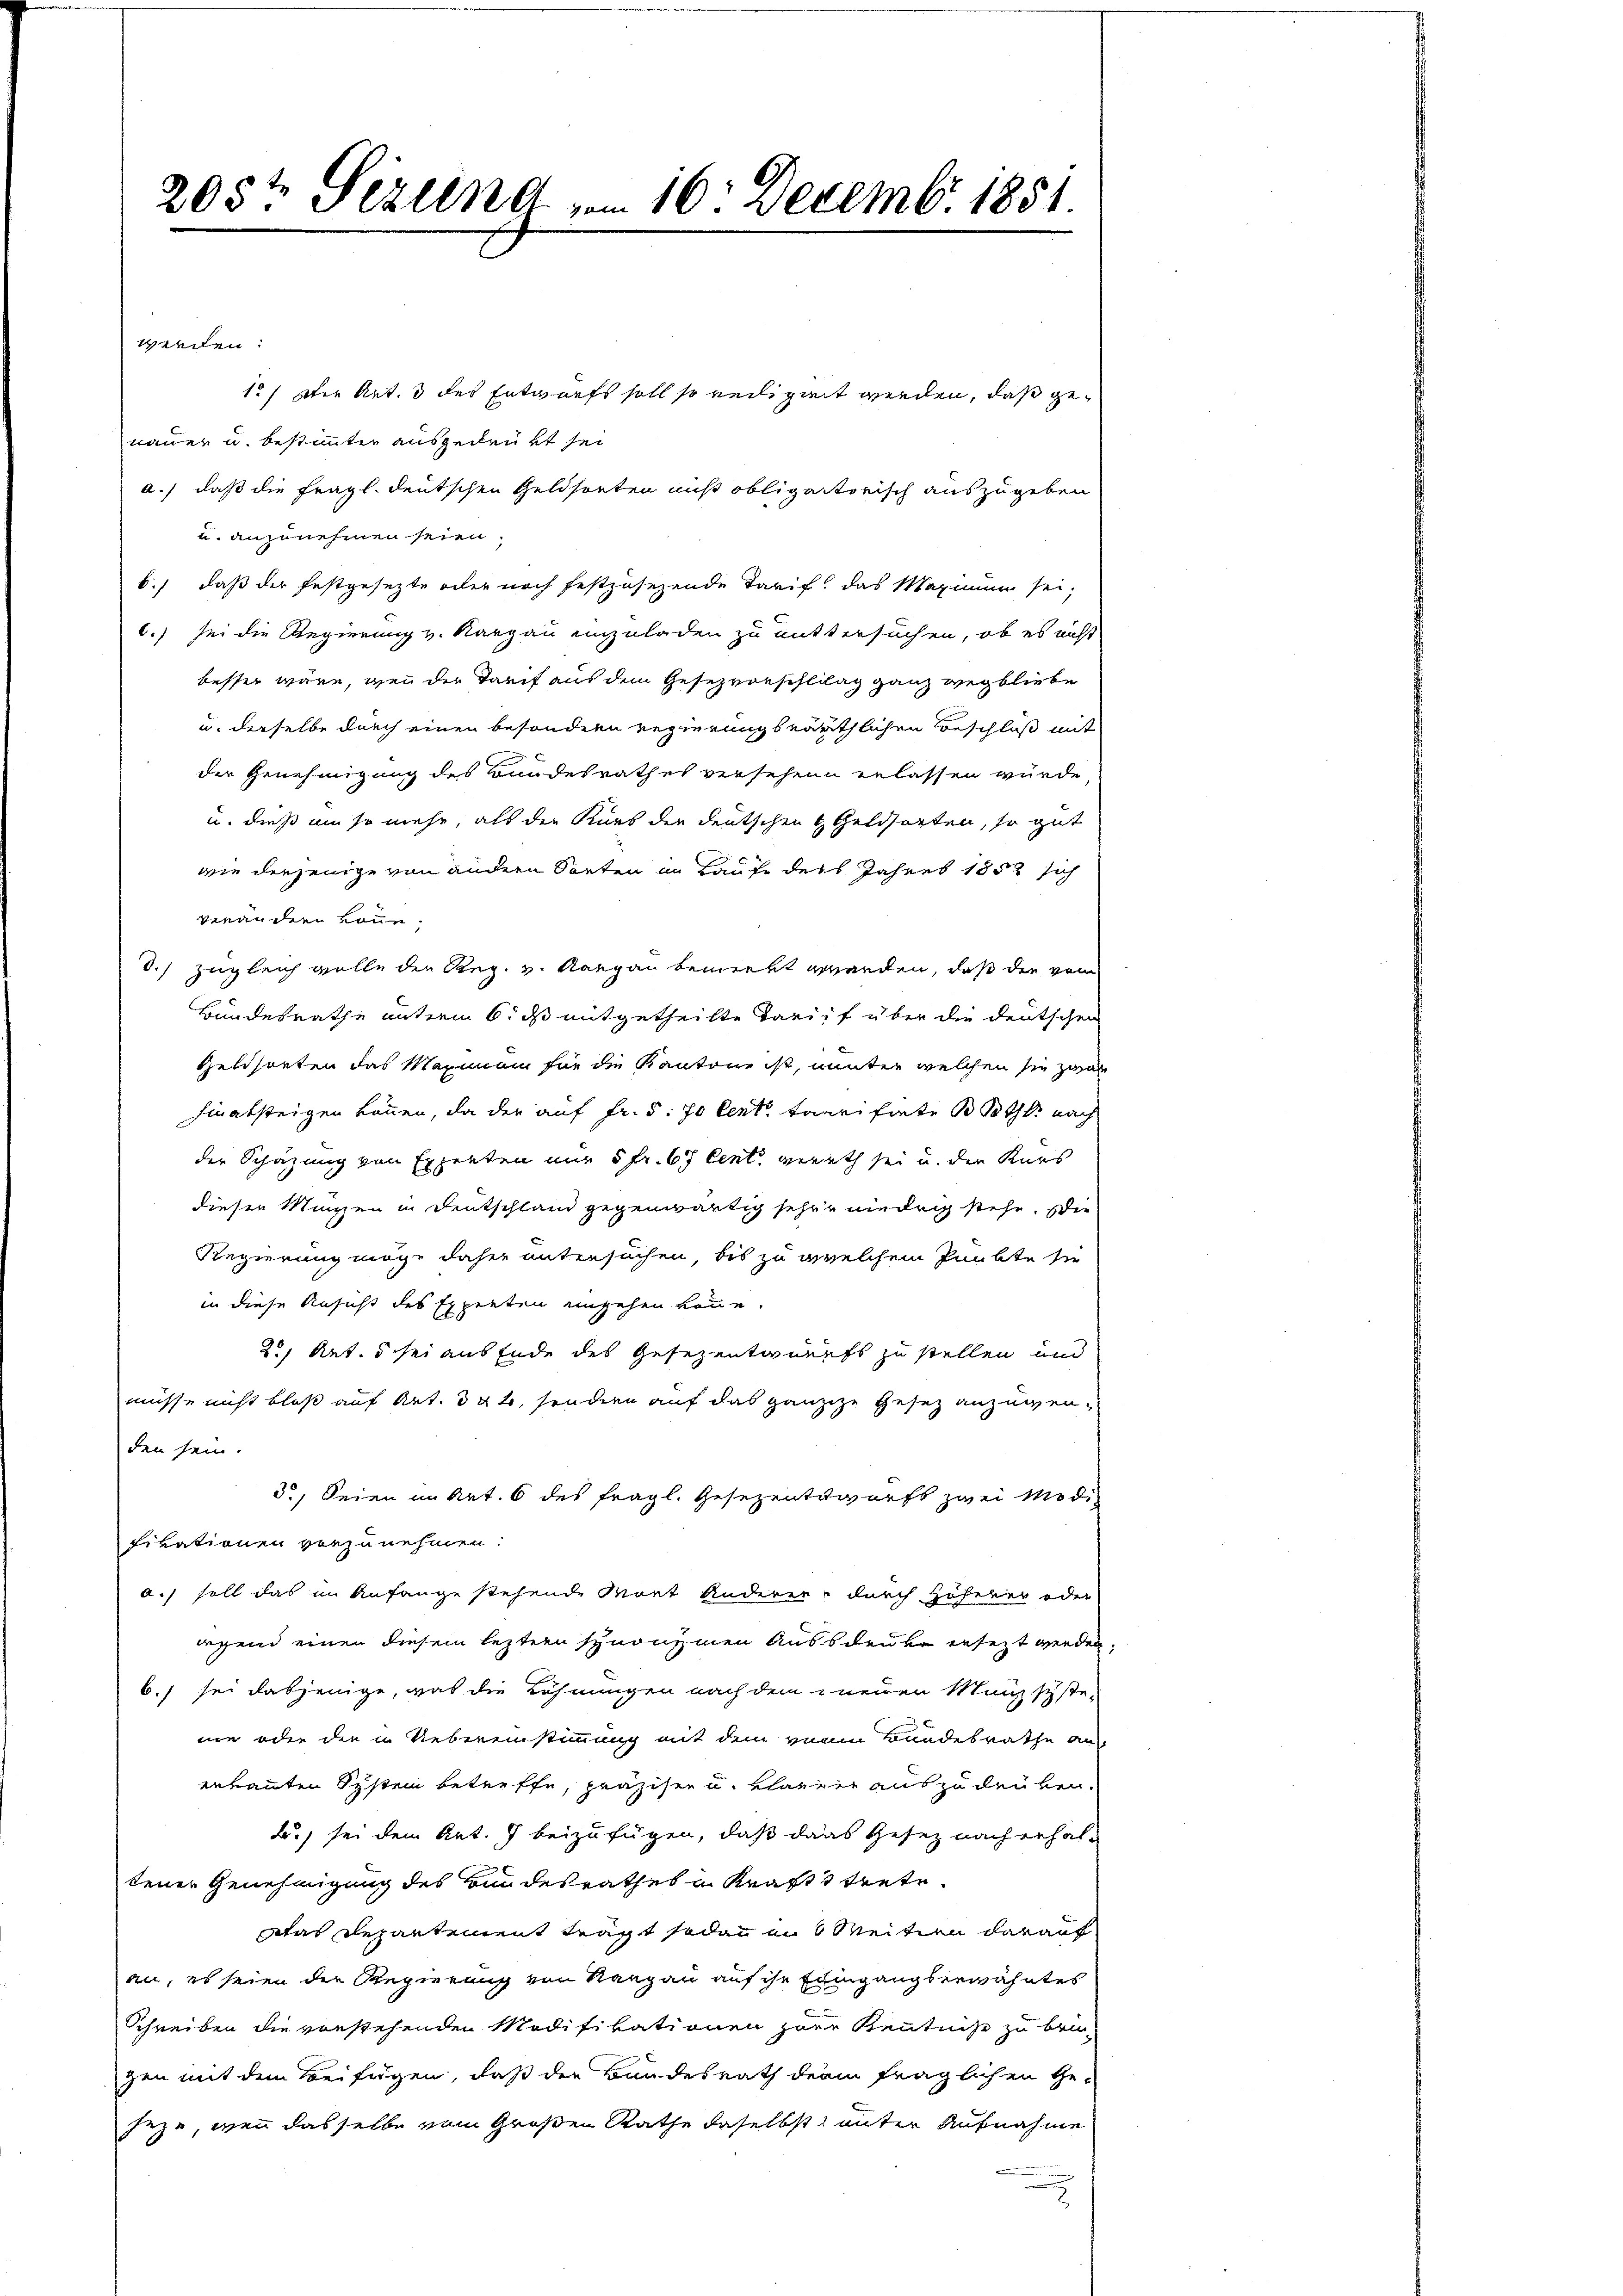
205t Sezung vom 16. Decemb. 1851.

werden:
1.) Die Art. 3 des Entwurfs soll so rediget werden, daß genauer u. bestimmten ausgedrukt sei
a.) daß die fragl. deutschen Geldsorten mis obligatorisch auszugeben
u. anzunehmen seien.
b.) daß der festgesezte oder noch festzusezende Tarif. Das Maximum sei,
6.) sei die Regierung v. Aargau einzuladen zu mittersuchen, ob es nicht
besser wäre, wenn der Tarif aus dem Gesezvorschlilag ganz wegbliebe
u. derselbe durch einen besondern Regierungsräthlichen Beschloß mit
der Genehmigung des Bundesrathes versehene erlassen würde
u. dieß um so mehr, als der Kurs der deutschen Geldsorten, so gut
wie derjenige von andern Sorten im Laufe des Jahres 1852 sich
verändern könne.
S.) zugleich wolle der Reg. v. Aargau bemerkt werden, daß die von
Bundesrathe unterm 6. ds mitgetheilte Tarif über die deutschen
Geldsorten das Maximum für die Kantone ist, unter welchen sie zwar
hinabsteigen können, da der auf Fr. 5. fo lert Tarifiete Both nach
der Schätzung von Experten nur 5 fr. 67 Cent gerath sei und den Kurs
diesen Manzen in Deutschland gegenwärtig sehre niedrig stehe. Die
Regierung möge daher untersuchen, bis zu welchem Punkte sie
in diese Ansicht des Experten angehen könne.
2, Ret. 5 sei aus Ende des Gesezentwurfs zu stellen und
müsse nicht bloß auf Art. 342, sondern auf das ganzige Gesez anzuwenden sein.
3.) Seien im Art. 6 des fragl. Gesezentwurfs zwei Modifikationen vorzunehmen.
a.) soll das im Anfange stehende Mort Anderer, durch Höherer oder
irgend einen diesem leztern synonymnen Aussdeute ersezt werden
6.) sei dasjenige, was die Löhnungen nach dem neuen Manzsyste-
nie oder der in Uebereinstimmung mit dem vonm Bundesrathe au
eekannten System betreffe, präziser u. klarrer auszudrüken.
B. sei dem Art. 7 beizufügen, daß dans Gesetz nach erhaltener Genehmigung des Bundesrathes in Kraft trete
Das Departement trägt sodann in 3 Meitien darauf
an, es seien die Regierung von Rangau auf ihr Eingangserwähntes
Schreiben die vorstehenden Modifikationen zur Kenntniß zu beigen mit dem Beifügen, daß der Bundesrath derin fraglichen Ge-
seze, wenn dasselbe vom Großen Rathe daselbst, unter Aufnahme